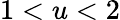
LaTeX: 1<u<2